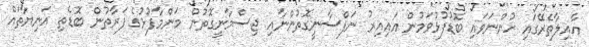
އާއިލާތެރޭގައި ހުންނަވައި ބޮޑުފުޅުވަމުން އައިއިރު ނަފްސާނީގޮތުންނާއި ޖިސްމާނީގޮތުން މަންމާފުޅުގެ ފަރާތުން ބޮޑެތި އަނިޔާތައް